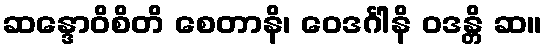
ဆန္ဒောဝိစိတိ စေတာနိ၊ ဝေဒင်္ဂါနိ ဝဒန္တိ ဆ။